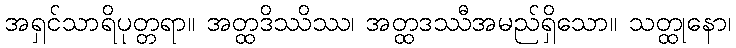
အရှင်သာရိပုတ္တရာ။ အတ္ထဒိဿိဿ၊ အတ္ထဒဿီအမည်ရှိသော။ သတ္ထုနော၊